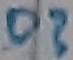
Text: D?